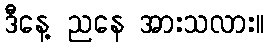
ဒီနေ့ ညနေ အားသလား။